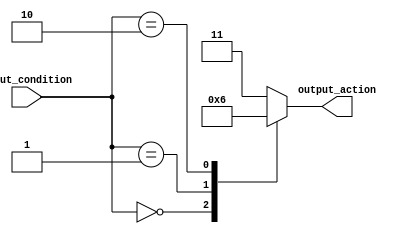
module full_case_statement (
    input [3:0] input_condition,
    output reg [1:0] output_action
);

always @*
begin
    case (input_condition)
        4'b0000: output_action = 2'b00; // Action for input_condition = 0000
        4'b0001: output_action = 2'b01; // Action for input_condition = 0001
        4'b0010: output_action = 2'b10; // Action for input_condition = 0010
        default: output_action = 2'b11; // Default action for any other input_condition
    endcase
end

endmodule